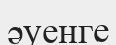
әуенге